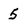
Character: 5